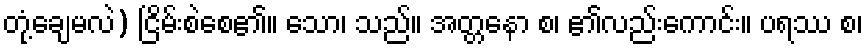
တုံ့ချေမလဲ) ငြိမ်းစဲစေ၏။ သော၊ သည်။ အတ္တနော စ၊ ၏လည်းကောင်း။ ပရဿ စ၊